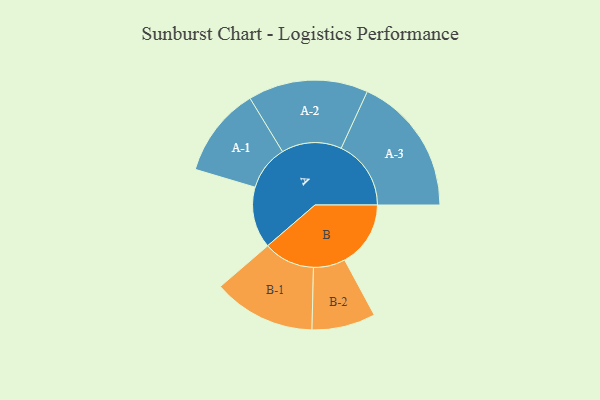
{"axis": {"x": "Segment", "y": "Value"}, "legend": ["", "A", "B"], "data": [{"x": "A", "y": 237, "type": ""}, {"x": "B", "y": 255, "type": ""}, {"x": "A-1", "y": 174, "type": "A"}, {"x": "A-2", "y": 232, "type": "A"}, {"x": "A-3", "y": 270, "type": "A"}, {"x": "B-1", "y": 198, "type": "B"}, {"x": "B-2", "y": 123, "type": "B"}]}